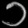
Digit: ၁